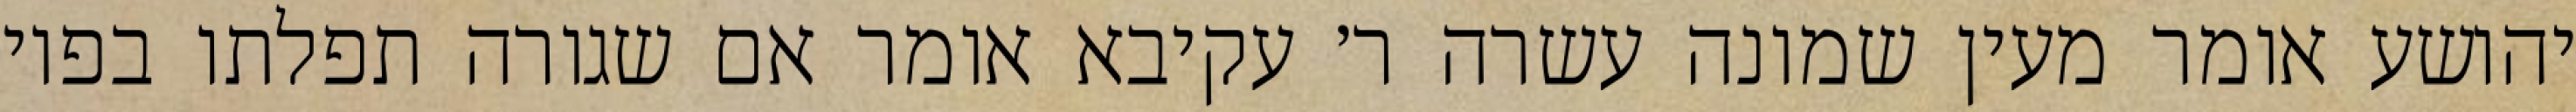
יהושע אומר מעין שמונה עשרה ר׳ עקיבא אומר אם שגורה תפלתו בפיו